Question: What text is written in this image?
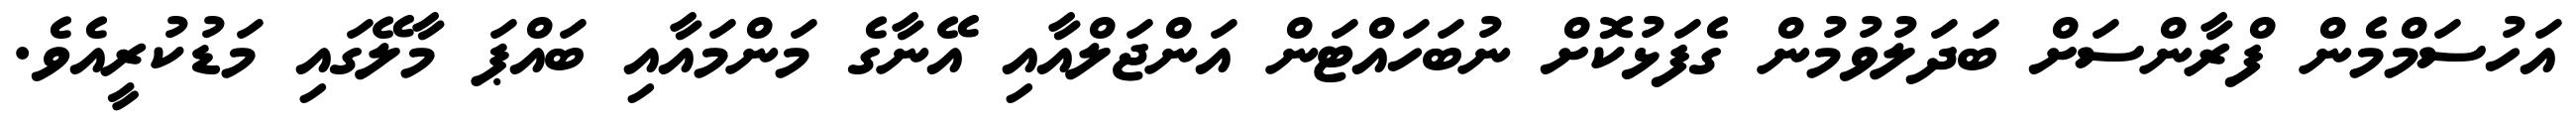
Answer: އަހުސަމްމެން ފްރާންސަށް ބަދަލުވުމުން ގެފަޅުކޮށް ނުބަހައްޓަން އަންޖަލްއާއި އޭނާގެ މަންމައާއި ބައްޕަ މާލޭގައި މަޑުކުރީއެވެ.